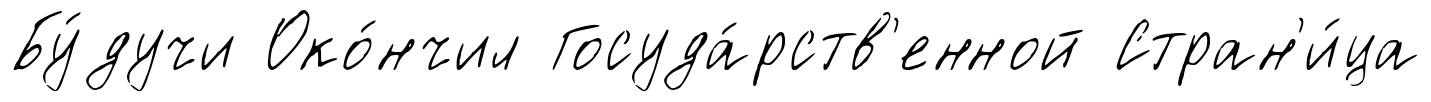
Бу́дучи Око́нчил Госуда́рств'енной Стран'и́ца